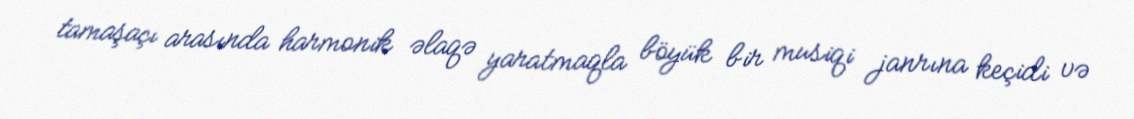
tamaşaçı arasında harmonik əlaqə yaratmaqla böyük bir musiqi janrına keçidi və